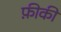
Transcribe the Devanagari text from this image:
फ़ीकी